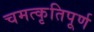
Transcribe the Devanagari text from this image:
चमत्कृतिपूर्ण